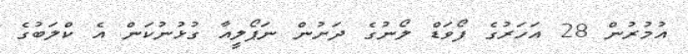
އުމުރުން 28 އަހަރުގެ ފޯވަޑް ލޯނުގެ ދަށުން ނަޕޯލީއާ ގުޅުނުކަން އެ ކްލަބުގެ